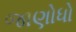
જાણોધો